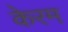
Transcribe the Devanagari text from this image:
केरम